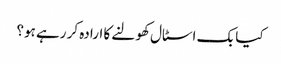
کیا بک اسٹال کھولنے کا ارادہ کر رہے ہو؟